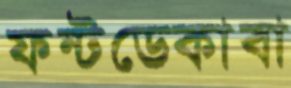
ফন্টডেকাবা